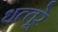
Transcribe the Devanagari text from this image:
धत्‍तूरे